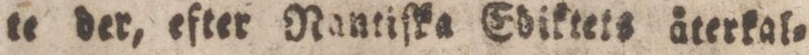
te der, efter Nantiſka Ediktets äterkal=